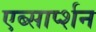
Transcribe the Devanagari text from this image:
एब्सार्प्शन